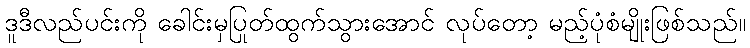
ဒူဒီလည်ပင်းကို ခေါင်းမှပြုတ်ထွက်သွားအောင် လုပ်တော့ မည့်ပုံစံမျိုးဖြစ်သည်။